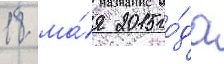
18 ма́я 2015 го́да